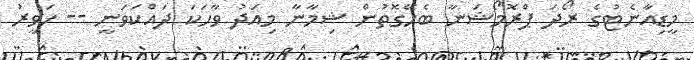
މީޑިއާނެޓުގެ ރޯދަ ޕްރޮމޯޝަނާ ބެހޭގޮތުން ޝިމާނާ މިއަދު ވާހަކަ ދަައްކަވަނީ -- ހަވީރު